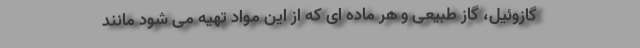
گازوئیل، گاز طبیعی و هر ماده ای که از این مواد تهیه می شود مانند